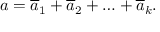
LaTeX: a = { \overline { { a } } _ { 1 } } + { \overline { { a } } _ { 2 } } + \ldots + { \overline { { a } } _ { k } } .